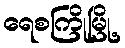
ရေစကြိုမြို့